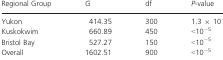
<table><thead><tr><td><b>Regional Group</b></td><td><b><i>G</i></b></td><td><b>df</b></td><td><b><i>P</i>-value</b></td></tr></thead><tbody><tr><td>Yukon</td><td>414.35</td><td>300</td><td>1.3 × 10<sup>−5</sup></td></tr><tr><td>Kuskokwim</td><td>660.89</td><td>450</td><td>&lt;10<sup>−5</sup></td></tr><tr><td>Bristol Bay</td><td>527.27</td><td>150</td><td>&lt;10<sup>−5</sup></td></tr><tr><td>Overall</td><td>1602.51</td><td>900</td><td>&lt;10<sup>−5</sup></td></tr></tbody></table>